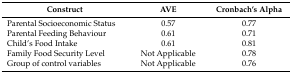
<table><thead><tr><td><b>Construct</b></td><td><b>AVE</b></td><td><b>Cronbach’s Alpha</b></td></tr></thead><tbody><tr><td>Parental Socioeconomic Status</td><td>0.57</td><td>0.77</td></tr><tr><td>Parental Feeding Behaviour</td><td>0.61</td><td>0.71</td></tr><tr><td>Child’s Food Intake</td><td>0.61</td><td>0.81</td></tr><tr><td>Family Food Security Level</td><td>Not Applicable</td><td>0.78</td></tr><tr><td>Group of control variables</td><td>Not Applicable</td><td>0.76</td></tr></tbody></table>